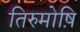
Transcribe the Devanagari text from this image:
तिरुमोष़ि